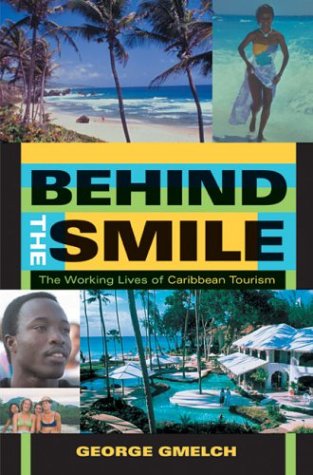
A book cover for Behind the Smile: The Working Lives of Caribbean Tourism; George Gmelch; Travel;